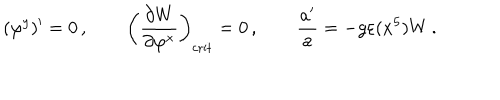
( \varphi ^ { y } ) ^ { \prime } = 0 \, , \qquad \left( { \frac { \partial W } { \partial \varphi ^ { x } } } \right) _ { \mathrm { c r i t } } = 0 \, , \qquad \frac { a ^ { \prime } } { a } = - g \varepsilon ( x ^ { 5 } ) W \, .